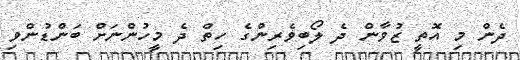
ދެން މި އޮތީ ޒުވާން ދެ ލޯބިވެރިންގެ ހިތް ދެ މީހުންނަށް ބަންޑުންވި